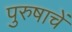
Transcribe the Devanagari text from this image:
पुरुषाचें